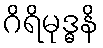
ဂိရိမုဒ္ဓနိ